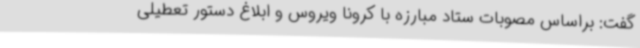
گفت: براساس مصوبات ستاد مبارزه با کرونا ویروس و ابلاغ دستور تعطیلی